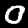
Label: 0